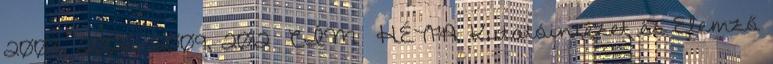
2003, 2006, 2009, 2012 CÍM HÉTFA Kutatóintézet és Elemző